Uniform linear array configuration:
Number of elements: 32
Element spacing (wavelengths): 1
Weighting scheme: kaiser
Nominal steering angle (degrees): -15
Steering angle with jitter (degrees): -16.89
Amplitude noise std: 0.05
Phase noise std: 0.05

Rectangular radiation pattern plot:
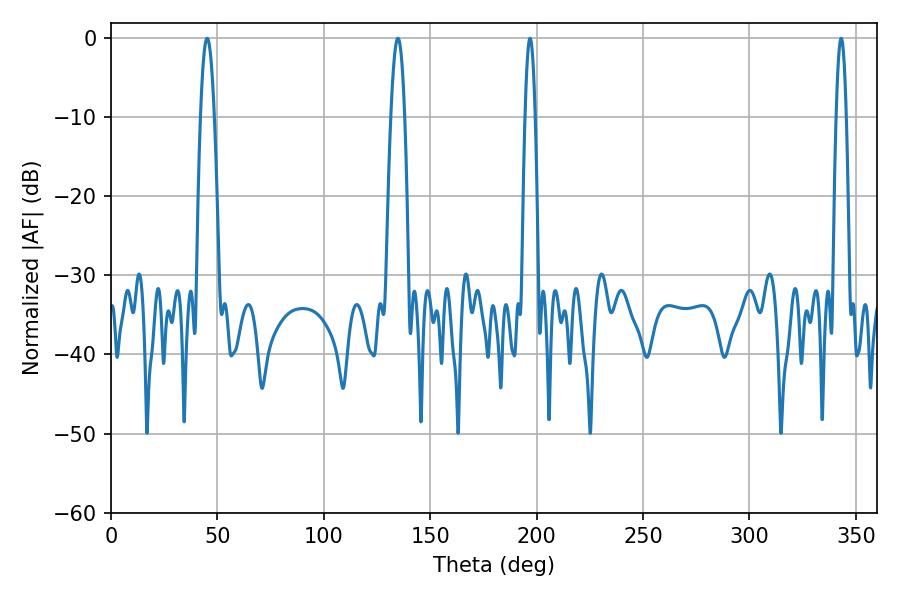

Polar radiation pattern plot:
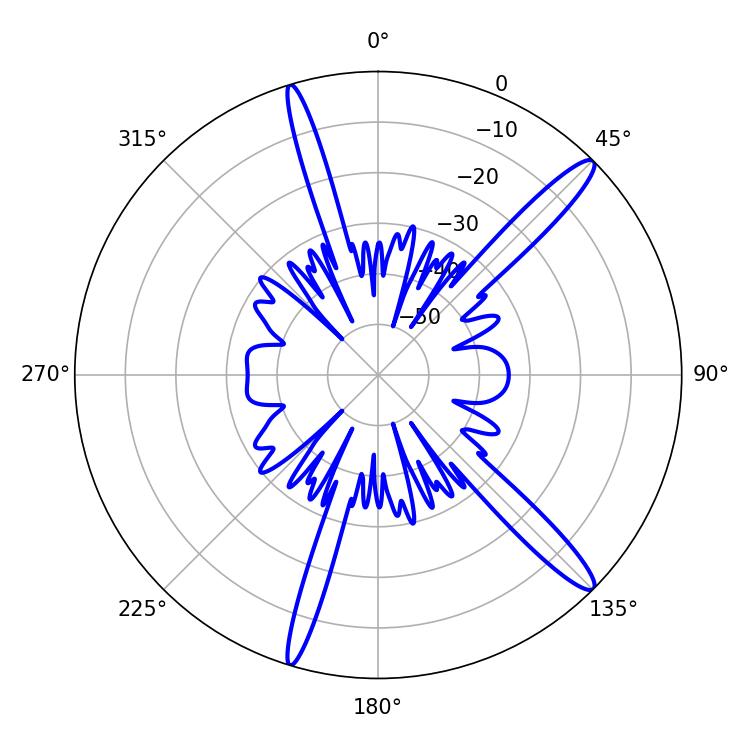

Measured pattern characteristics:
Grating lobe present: TRUE
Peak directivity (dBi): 14.74
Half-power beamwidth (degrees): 3.6
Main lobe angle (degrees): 45.18